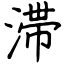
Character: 滞